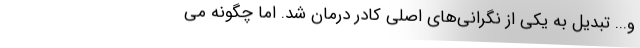
و... تبدیل به یکی از نگرانی‌های اصلی کادر درمان شد. اما چگونه می‌